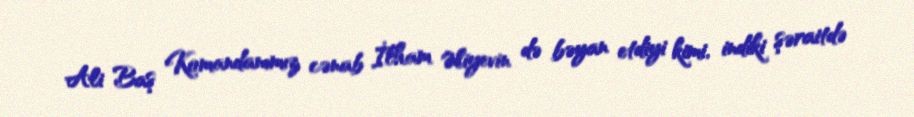
Ali Baş Komandanımız cənab İlham Əliyevin də bəyan etdiyi kimi, indiki şəraitdə